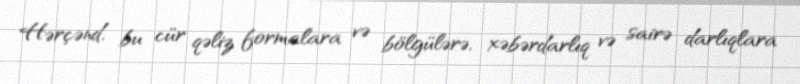
Hərçənd, bu cür qəliz formalara və bölgülərə, xəbərdarlıq və sairə darlıqlara